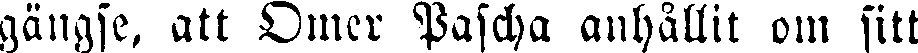
gängse, att Omer Pascha anhållit om sitt